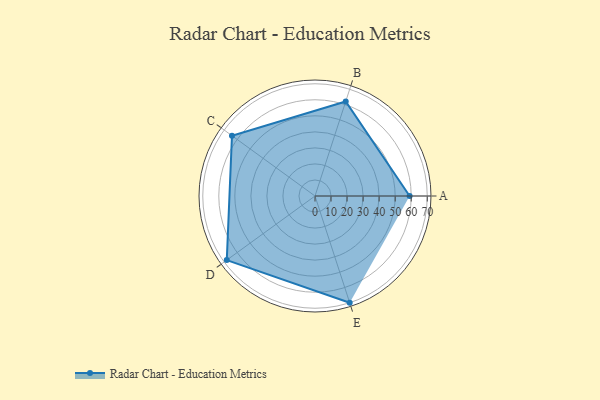
{"axis": {"x": "Skill", "y": "Score"}, "legend": ["Profile"], "data": [{"x": "A", "y": 59.0, "type": "Profile"}, {"x": "B", "y": 62.0, "type": "Profile"}, {"x": "C", "y": 64.0, "type": "Profile"}, {"x": "D", "y": 68.0, "type": "Profile"}, {"x": "E", "y": 70.0, "type": "Profile"}]}